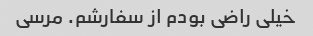
خیلی راضی بودم از سفارشم. مرسی